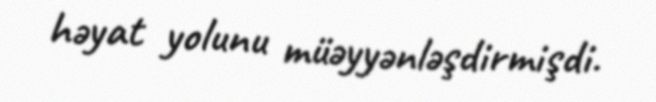
həyat yolunu müəyyənləşdirmişdi.